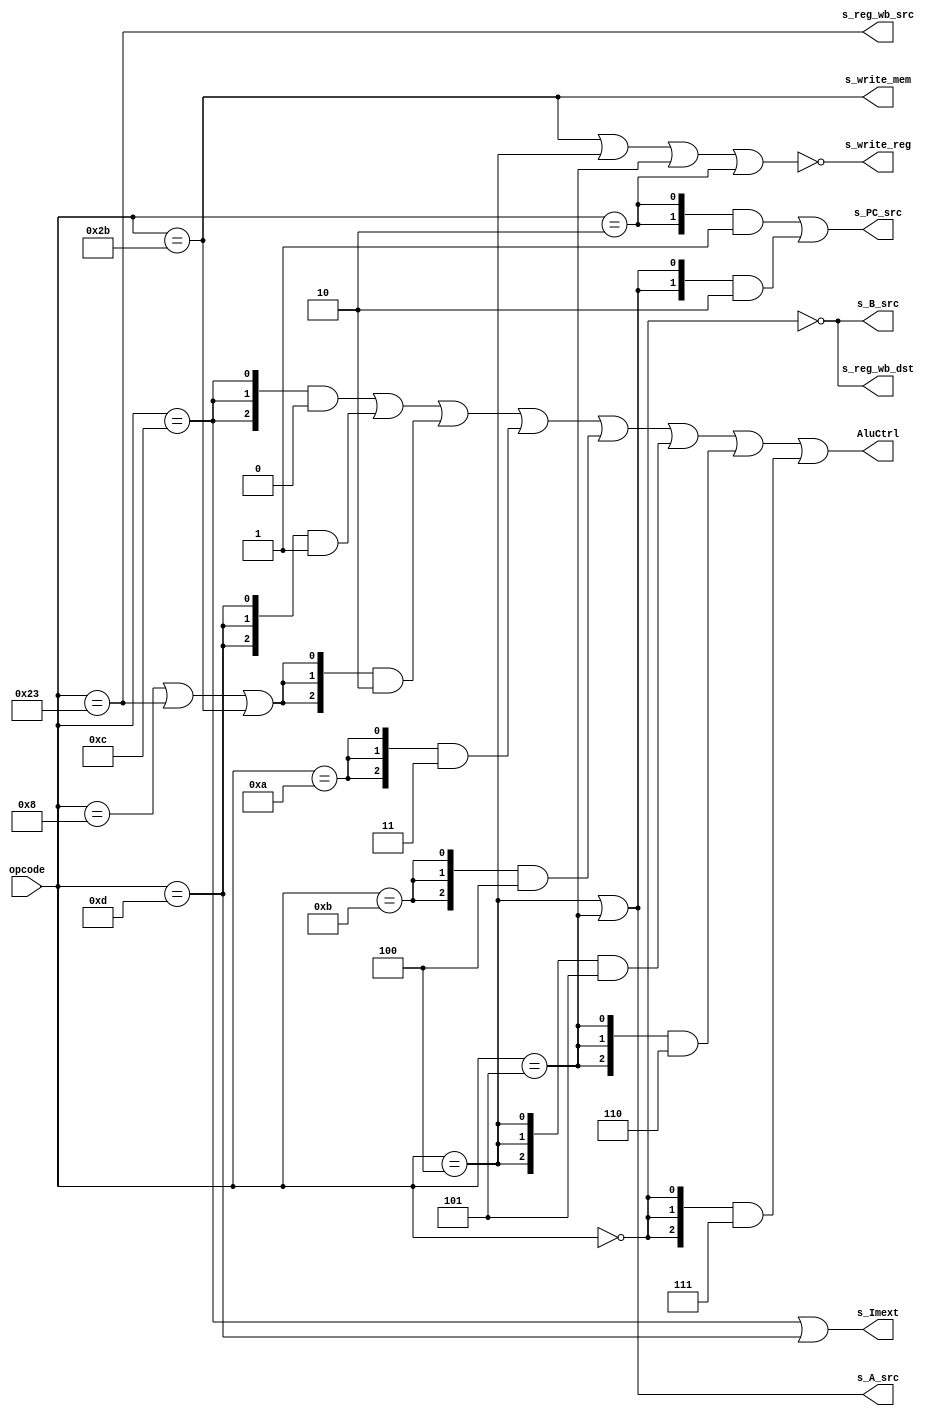
module Control(opcode, AluCtrl, s_Imext, 
				s_A_src, s_B_src, s_PC_src, 
				s_write_mem, s_write_reg,  
				s_reg_wb_src, s_reg_wb_dst);

input wire [5:0] opcode;

output wire [2:0] AluCtrl;
output wire s_Imext;
output wire s_A_src;
output wire s_B_src;
output wire [1:0] s_PC_src;
output wire s_write_reg;
output wire s_reg_wb_src;
output wire s_write_mem;
output wire s_reg_wb_dst;

wire R_format = (opcode == 6'b0);

wire is_add = (opcode == 6'h8) | 
			  (opcode == 6'h23) | 
			  (opcode == 6'h2b);
			  
wire is_and = (opcode == 6'hc);
wire is_or = (opcode == 6'hd);
wire is_slt = (opcode == 6'ha);
wire is_sltu = (opcode == 6'hb);

wire is_beq = (opcode == 6'h4); 
wire is_bne = (opcode == 6'h5);
wire is_J = (opcode == 6'h2);

wire is_lw = (opcode == 6'h23); 
wire is_sw = (opcode == 6'h2b);
wire is_lwsw = is_lw | is_sw;
wire is_lui = (opcode == 6'hf);


assign AluCtrl =  {3{is_and}} & 3'd0 |
						{3{is_or}} & 3'd1 |
						{3{is_add}} & 3'd2 |
						{3{is_slt}} & 3'd3 |
						{3{is_sltu}} & 3'd4 |
						{3{is_beq}} & 3'd5 |
						{3{is_bne}} & 3'd6 |
						{3{R_format}} & 3'd7 ;
						
assign s_Imext = is_and | is_or;

assign s_A_src = is_beq | is_bne;

assign s_B_src = ~R_format;

assign s_PC_src = {2{is_J}} & 2'b01 | {2{is_beq | is_bne}} & 2'b10;

assign s_write_reg = ~(is_sw | is_beq | is_bne | is_J);

assign s_reg_wb_src = is_lw;

assign s_reg_wb_dst = ~R_format;

assign s_write_mem = is_sw;

endmodule